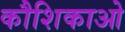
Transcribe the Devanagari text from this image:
कौशिकाओ